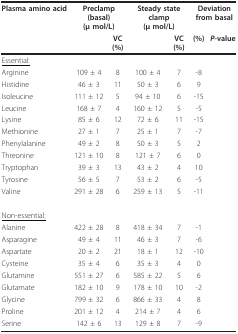
<table><thead><tr><td><b>Plasma amino acid</b></td><td colspan="2"><b>Preclamp (basal)(μ mol/L)</b></td><td colspan="2"><b>Steady state clamp(μ mol/L)</b></td><td colspan="2"><b>Deviationfrom basal</b></td></tr><tr><td>[EMPTY_CELL]</td><td>[EMPTY_CELL]</td><td><b>VC(%)</b></td><td>[EMPTY_CELL]</td><td><b>VC(%)</b></td><td><b>(%)</b></td><td><b><i>P</i>-value</b></td></tr></thead><tbody><tr><td><underline>Essential:</underline></td><td>[EMPTY_CELL]</td><td>[EMPTY_CELL]</td><td>[EMPTY_CELL]</td><td>[EMPTY_CELL]</td><td>[EMPTY_CELL]</td><td>[EMPTY_CELL]</td></tr><tr><td>Arginine</td><td>109 ± 4</td><td>8</td><td>100 ± 4</td><td>7</td><td>-8</td><td>[EMPTY_CELL]</td></tr><tr><td>Histidine</td><td>46 ± 3</td><td>11</td><td>50 ± 3</td><td>6</td><td>9</td><td>[EMPTY_CELL]</td></tr><tr><td>Isoleucine</td><td>111 ± 12</td><td>5</td><td>94 ± 10</td><td>6</td><td>-15</td><td>[EMPTY_CELL]</td></tr><tr><td>Leucine</td><td>168 ± 7</td><td>4</td><td>160 ± 12</td><td>5</td><td>-5</td><td>[EMPTY_CELL]</td></tr><tr><td>Lysine</td><td>85 ± 6</td><td>12</td><td>72 ± 6</td><td>11</td><td>-15</td><td>[EMPTY_CELL]</td></tr><tr><td>Methionine</td><td>27 ± 1</td><td>7</td><td>25 ± 1</td><td>7</td><td>-7</td><td>[EMPTY_CELL]</td></tr><tr><td>Phenylalanine</td><td>49 ± 2</td><td>8</td><td>50 ± 3</td><td>5</td><td>2</td><td>[EMPTY_CELL]</td></tr><tr><td>Threonine</td><td>121 ± 10</td><td>8</td><td>121 ± 7</td><td>6</td><td>0</td><td>[EMPTY_CELL]</td></tr><tr><td>Tryptophan</td><td>39 ± 3</td><td>13</td><td>43 ± 2</td><td>4</td><td>10</td><td>[EMPTY_CELL]</td></tr><tr><td>Tyrosine</td><td>56 ± 5</td><td>7</td><td>53 ± 2</td><td>6</td><td>-5</td><td>[EMPTY_CELL]</td></tr><tr><td>Valine</td><td>291 ± 28</td><td>6</td><td>259 ± 13</td><td>5</td><td>-11</td><td>[EMPTY_CELL]</td></tr><tr><td><underline>Non-essential:</underline></td><td>[EMPTY_CELL]</td><td>[EMPTY_CELL]</td><td>[EMPTY_CELL]</td><td>[EMPTY_CELL]</td><td>[EMPTY_CELL]</td><td>[EMPTY_CELL]</td></tr><tr><td>Alanine</td><td>422 ± 28</td><td>8</td><td>418 ± 34</td><td>7</td><td>-1</td><td>[EMPTY_CELL]</td></tr><tr><td>Asparagine</td><td>49 ± 4</td><td>11</td><td>46 ± 3</td><td>7</td><td>-6</td><td>[EMPTY_CELL]</td></tr><tr><td>Aspartate</td><td>20 ± 2</td><td>21</td><td>18 ± 1</td><td>12</td><td>-10</td><td>[EMPTY_CELL]</td></tr><tr><td>Cysteine</td><td>35 ± 4</td><td>6</td><td>35 ± 3</td><td>4</td><td>0</td><td>[EMPTY_CELL]</td></tr><tr><td>Glutamine</td><td>551 ± 27</td><td>6</td><td>585 ± 22</td><td>5</td><td>6</td><td>[EMPTY_CELL]</td></tr><tr><td>Glutamate</td><td>182 ± 10</td><td>9</td><td>178 ± 10</td><td>10</td><td>-2</td><td>[EMPTY_CELL]</td></tr><tr><td>Glycine</td><td>799 ± 32</td><td>6</td><td>866 ± 33</td><td>4</td><td>8</td><td>[EMPTY_CELL]</td></tr><tr><td>Proline</td><td>201 ± 12</td><td>4</td><td>214 ± 7</td><td>4</td><td>6</td><td>[EMPTY_CELL]</td></tr><tr><td>Serine</td><td>142 ± 6</td><td>13</td><td>129 ± 8</td><td>7</td><td>-9</td><td>[EMPTY_CELL]</td></tr></tbody></table>